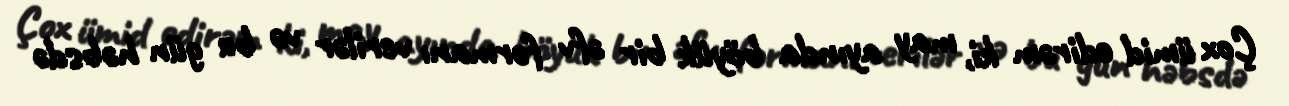
Çox ümid edirəm ki, may ayında böyük bir əfv fərmanı verilər və bu gün həbsdə